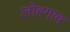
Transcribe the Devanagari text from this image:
लोह्गाव